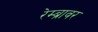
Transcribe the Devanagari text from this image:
रेम्ब्रावर